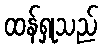
ထန်ရှုသည်